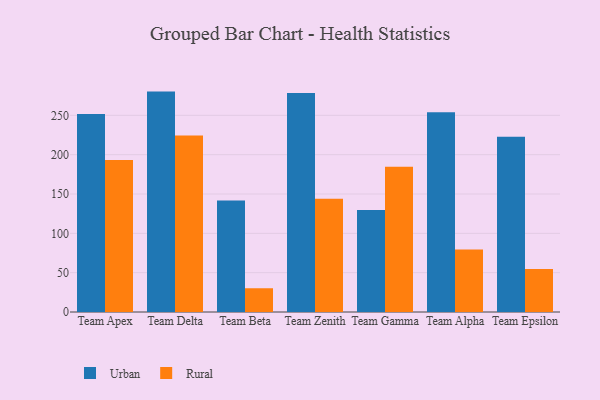
{"axis": {"x": "Team", "y": "Revenue (USD Million)"}, "legend": ["Rural", "Urban"], "data": [{"x": "Team Apex", "y": 251.7, "type": "Urban"}, {"x": "Team Apex", "y": 193.2, "type": "Rural"}, {"x": "Team Delta", "y": 280.2, "type": "Urban"}, {"x": "Team Delta", "y": 224.5, "type": "Rural"}, {"x": "Team Beta", "y": 141.6, "type": "Urban"}, {"x": "Team Beta", "y": 30.2, "type": "Rural"}, {"x": "Team Zenith", "y": 278.5, "type": "Urban"}, {"x": "Team Zenith", "y": 143.9, "type": "Rural"}, {"x": "Team Gamma", "y": 129.6, "type": "Urban"}, {"x": "Team Gamma", "y": 184.8, "type": "Rural"}, {"x": "Team Alpha", "y": 253.9, "type": "Urban"}, {"x": "Team Alpha", "y": 79.6, "type": "Rural"}, {"x": "Team Epsilon", "y": 222.7, "type": "Urban"}, {"x": "Team Epsilon", "y": 54.7, "type": "Rural"}]}